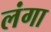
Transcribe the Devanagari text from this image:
लंगा